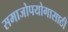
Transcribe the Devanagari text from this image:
समाजोपयोगासाठी